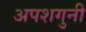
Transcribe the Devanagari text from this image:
अपशगुनी